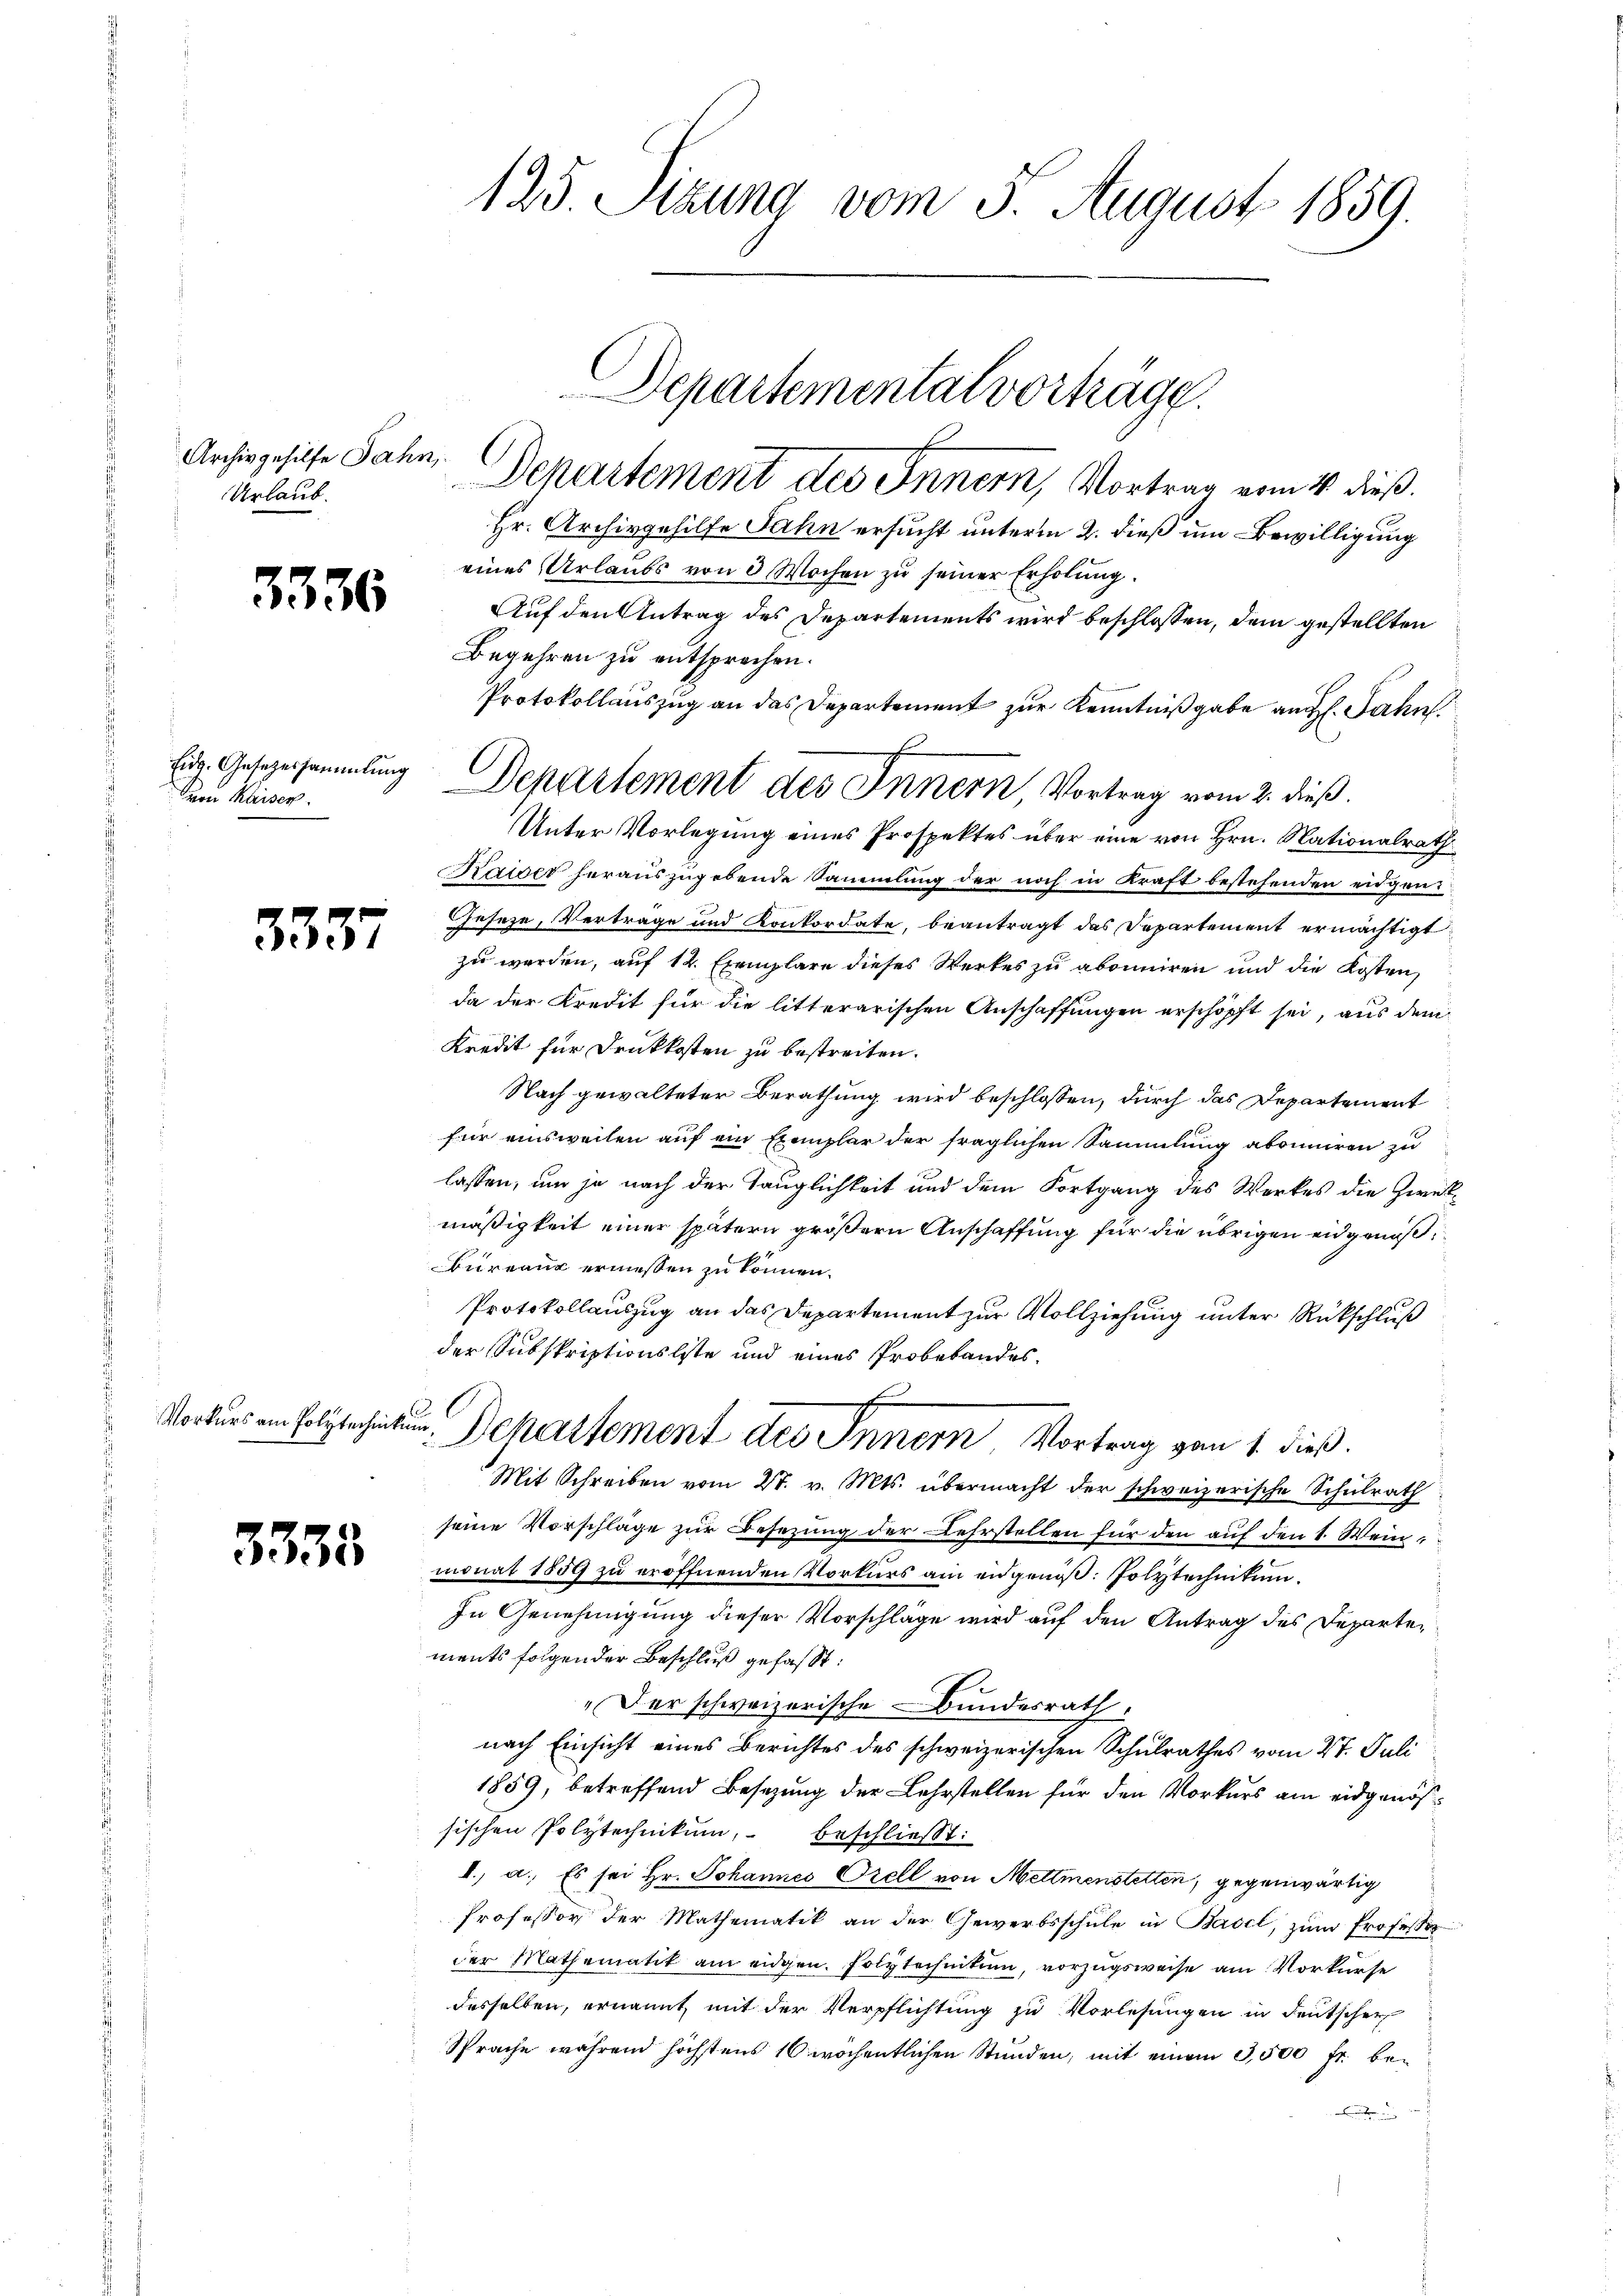
Archiv gehilfe Jahn,
Urlaub.

3336

Don Kaiser.

3337

Vorkurs am Polytechnit

3333.

125. Sitzung vom 3. August 1859.

Hr. Archivgehilfe Jahn ersucht unterm 2. dieß um Bewilligung
eines Urlaubs von 3 Wochen zu seiner Erholung.
Auf den Antrag des Departements wird beschlossen, dem gestellten
Begehren zu entsprechen.
Protokollauszug an das Departement zur Kenntnißgabe an H. Jahn
Unter Vorlegung eines Prospektes über eine von Hrn. Nationalrath
Kaiser herauszugebende Sammlung der noch in Kraft bestehenden eidgen
Geseze, Vertrage und Konkordate, beantragt das Departement ermächtigt.
zu werden, auf 12 Exemplare dieses Werkes zu abonniren und die Kosten,
da der Kredit für die litterarischen Anschaffungen erschöpft sei, aus dem
Kredit für Druckkosten zu bestreiten.
Nach gewalteter Berathung wird beschlossen, durch das Departement
für einsweilen auf ein Exemplar der fraglichen Sammlung abonniren zu
lassen, um je nach der Tauglichkeit und dem Fortgang des Werkes die Zweckmäßigkeit einer spätern größern Anschaffung für die übrigen eidgenöß¬
Bureau ermessen zu können.
Protokollauszug an das Departement zur Vollziehung unter Rückschluß
der Subskriptionsliste und eines Probebandesg
2
um. Departement des Innern Vortrag von 1. dieß.
Mit Schreiben vom 27. v. Mts. übermacht der schweizerische Schulrath
seine Vorschläge zur Besetzung der Lehrstellen für den auf den 1. Wein
monat 1859 zu eröffnenden Vorkurs am eidgenoß: Polytechnikum.
In Genehmigung dieser Vorschläge wird auf den Antrag des Departements folgender Beschluß gefasst:
"Der schweizerische Bundesrath,
nach Einsicht eines Berichtes des schweizerischen Schulrathes vom 27. Juli
1859, betreffend Besetzung der Lehrstellen für den Vorkurs am eidgenößsischen Polytechnikum, beschließt:
I.) a. Es sei Hr. Johannes Orell von Mettmenstetten, gegenwärtig
Professor der Mathematik an der Gewerbsschule in Basel, zum Professor
der Mathematik am eidgen. Polytechnitum, vorzugsweise am Vorkurse
desselben, ernannt, mit der Verpflichtung zu Vorlesungen in deutscher
Sprache während höchstens 10 wöchentlichen Stunden, mit einem 3,500 fr. bee

Departement des Innern, Vortrag vom 4. dieß.

Departemental vorträge.

f
Eig. Gesezessammlung Departement des Innern, Vortrag vom 2. dieß.